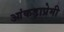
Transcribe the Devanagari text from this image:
आंकड़ाप्रेमी